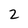
Character: 2